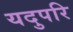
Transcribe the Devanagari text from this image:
यदुपरि